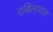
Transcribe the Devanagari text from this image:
रबिलावल